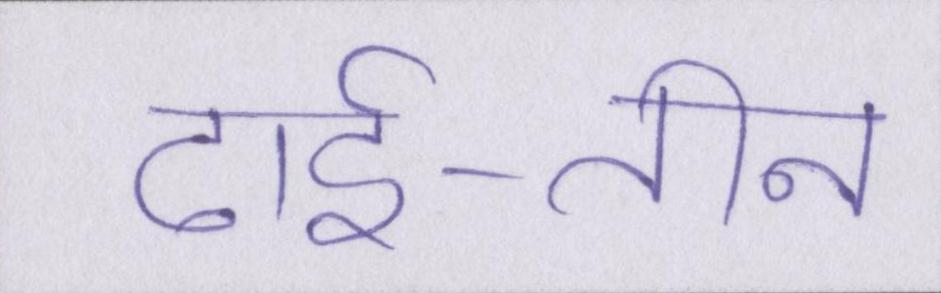
ढाई-तीन